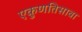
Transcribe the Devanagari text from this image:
एकुणतिसावा